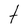
Character: t